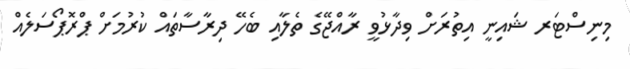
މިނިސްޓަރ ޝައިނީ އިތުރަށް ވިދާޅުވީ ރާއްޖޭގެ ތެލާއި ބެހޭ ދިރާސާތައް ކުރުމަށް ޕްރޮޕޯސަލެއް